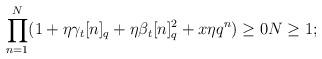
LaTeX: \begin{align*}\prod\limits_{n=1}^N(1+\eta\gamma_t[n]_q+\eta\beta_t[n]_q^2+x\eta q^n)\geq0N\geq1;\end{align*}